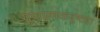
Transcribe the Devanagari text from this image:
गुणात्मकदुष्ट्या